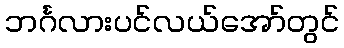
ဘင်္ဂလားပင်လယ်အော်တွင်